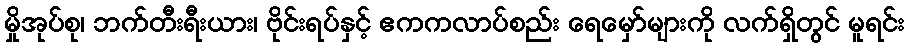
မှိုအုပ်စု၊ ဘက်တီးရီးယား၊ ဗိုင်းရပ်နှင့် ဧကကလာပ်စည်း ရေမှော်များကို လက်ရှိတွင် မူရင်း